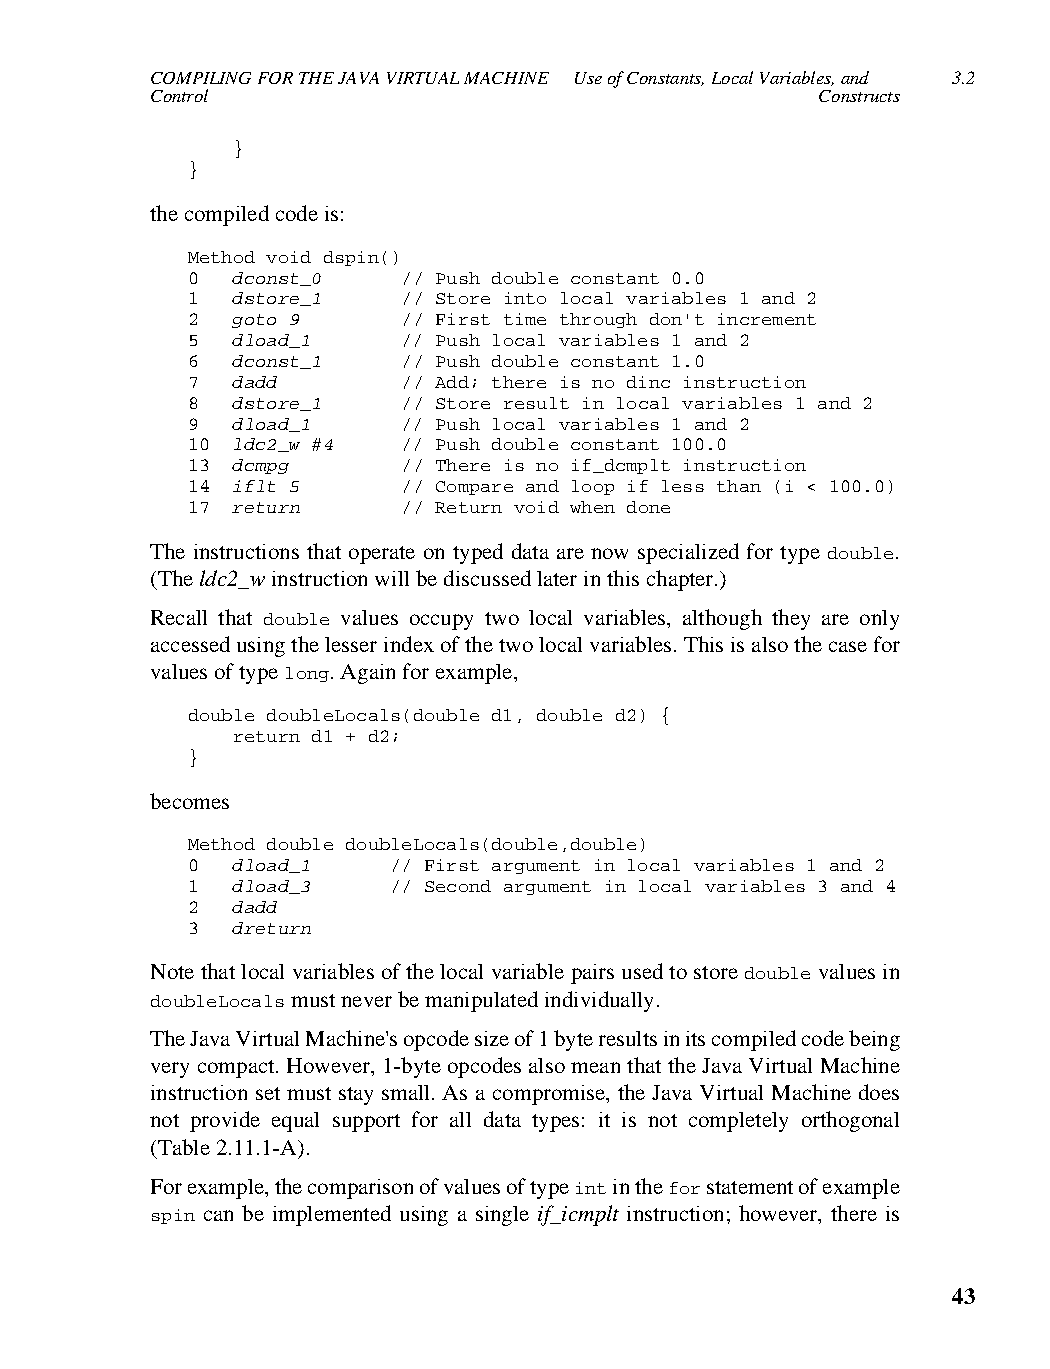
COMPILING FOR THE JAVA VIRTUAL MACHINE Use of Constants, Local Variables, and 3.2
 Control                                     Constructs
 }
 }
 the compiled code is:
 Method void dspin()
 0  dconst_0    // Push double constant 0.0
 1  dstore_1    // Store into local variables 1 and 2
 2  goto 9      // First time through don't increment
 5  dload_1     // Push local variables 1 and 2
 6  dconst_1    // Push double constant 1.0
 7  dadd        // Add; there is no dinc instruction
 8  dstore_1    // Store result in local variables 1 and 2
 9  dload_1     // Push local variables 1 and 2
 10 ldc2_w #4   // Push double constant 100.0
 13 dcmpg       // There is no if_dcmplt instruction
 14 iflt 5      // Compare and loop if less than (i < 100.0)
 17 return      // Return void when done
 The instructions that operate on typed data are now specialized for type double.
 (The ldc2_w instruction will be discussed later in this chapter.)
 Recall that double values occupy two local variables, although they are only
 accessed using the lesser index of the two local variables. This is also the case for
 values of type long. Again for example,
 double doubleLocals(double d1, double d2) {
 return d1 + d2;
 }
 becomes
 Method double doubleLocals(double,double)
 0  dload_1    // First argument in local variables 1 and 2
 1  dload_3    // Second argument in local variables 3 and 4
 2  dadd
 3  dreturn
 Note that local variables of the local variable pairs used to store double values in
 doubleLocals must never be manipulated individually.
 The Java Virtual Machine's opcode size of 1 byte results in its compiled code being
 very compact. However, 1-byte opcodes also mean that the Java Virtual Machine
 instruction set must stay small. As a compromise, the Java Virtual Machine does
 not provide equal support for all data types: it is not completely orthogonal
 (Table 2.11.1-A).
 For example, the comparison of values of type int in the for statement of example
 spin can be implemented using a single if_icmplt instruction; however, there is
 43